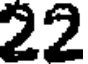
22